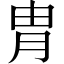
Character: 冑